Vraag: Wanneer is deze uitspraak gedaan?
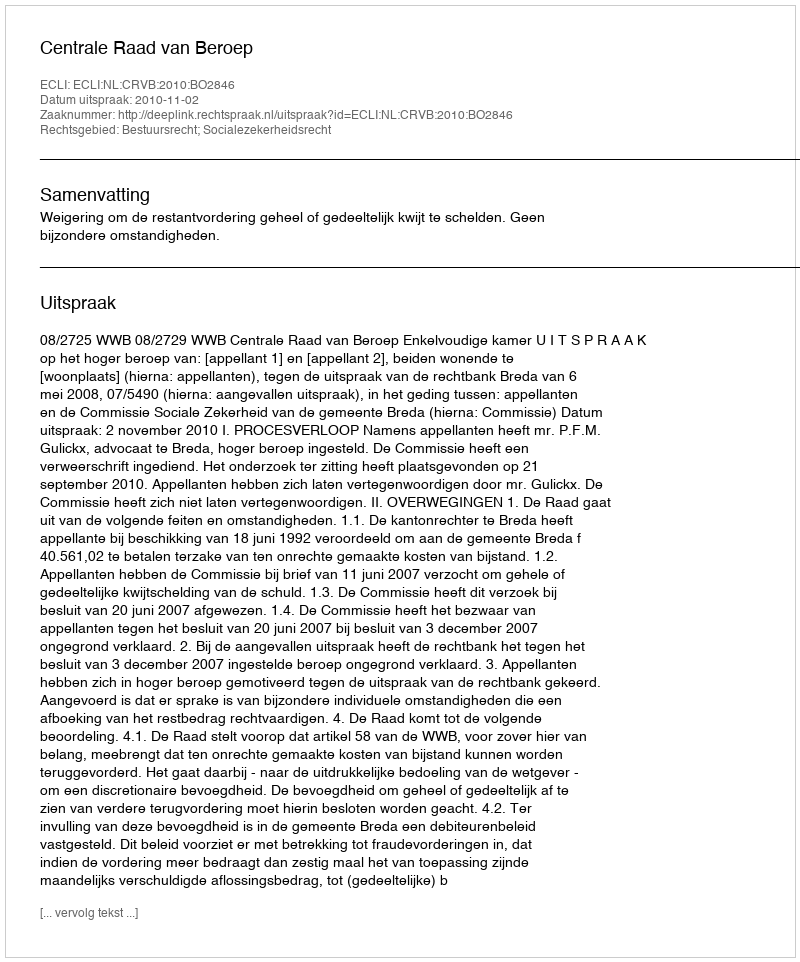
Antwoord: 2010-11-02